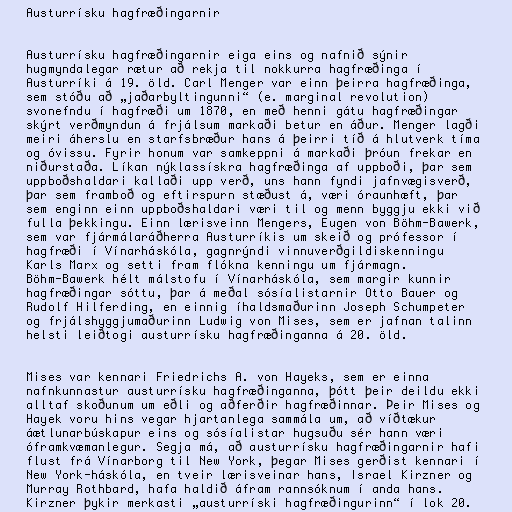
Austurrísku hagfræðingarnir

Austurrísku hagfræðingarnir eiga eins og nafnið sýnir
hugmyndalegar rætur að rekja til nokkurra hagfræðinga í
Austurríki á 19. öld. Carl Menger var einn þeirra hagfræðinga,
sem stóðu að „jaðarbyltingunni“ (e. marginal revolution)
svonefndu í hagfræði um 1870, en með henni gátu hagfræðingar
skýrt verðmyndun á frjálsum markaði betur en áður. Menger lagði
meiri áherslu en starfsbræður hans á þeirri tíð á hlutverk tíma
og óvissu. Fyrir honum var samkeppni á markaði þróun frekar en
niðurstaða. Líkan nýklassískra hagfræðinga af uppboði, þar sem
uppboðshaldari kallaði upp verð, uns hann fyndi jafnvægisverð,
þar sem framboð og eftirspurn stæðust á, væri óraunhæft, þar
sem enginn einn uppboðshaldari væri til og menn byggju ekki við
fulla þekkingu. Einn lærisveinn Mengers, Eugen von Böhm-Bawerk,
sem var fjármálaráðherra Austurríkis um skeið og prófessor í
hagfræði í Vínarháskóla, gagnrýndi vinnuverðgildiskenningu
Karls Marx og setti fram flókna kenningu um fjármagn.
Böhm-Bawerk hélt málstofu í Vínarháskóla, sem margir kunnir
hagfræðingar sóttu, þar á meðal sósíalistarnir Otto Bauer og
Rudolf Hilferding, en einnig íhaldsmaðurinn Joseph Schumpeter
og frjálshyggjumaðurinn Ludwig von Mises, sem er jafnan talinn
helsti leiðtogi austurrísku hagfræðinganna á 20. öld.

Mises var kennari Friedrichs A. von Hayeks, sem er einna
nafnkunnastur austurrísku hagfræðinganna, þótt þeir deildu ekki
alltaf skoðunum um eðli og aðferðir hagfræðinnar. Þeir Mises og
Hayek voru hins vegar hjartanlega sammála um, að víðtækur
áætlunarbúskapur eins og sósíalistar hugsuðu sér hann væri
óframkvæmanlegur. Segja má, að austurrísku hagfræðingarnir hafi
flust frá Vínarborg til New York, þegar Mises gerðist kennari í
New York-háskóla, en tveir lærisveinar hans, Israel Kirzner og
Murray Rothbard, hafa haldið áfram rannsóknum í anda hans.
Kirzner þykir merkasti „austurríski hagfræðingurinn“ í lok 20.